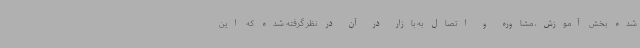
شده بخش آموزش، مشاوره و اتصال به بازار در آن در نظر گرفته شده که این